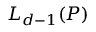
L _ { d - 1 } ( P )